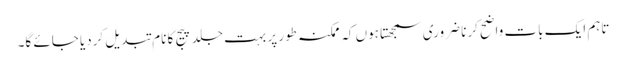
تاہم ایک بات واضح کرنا ضروری سمجھتا ہوں کہ ممکنہ طور پر بہت جلد پیج کا نام تبدیل کردیا جائے گا۔